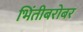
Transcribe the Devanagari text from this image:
भिंतीबरोबर